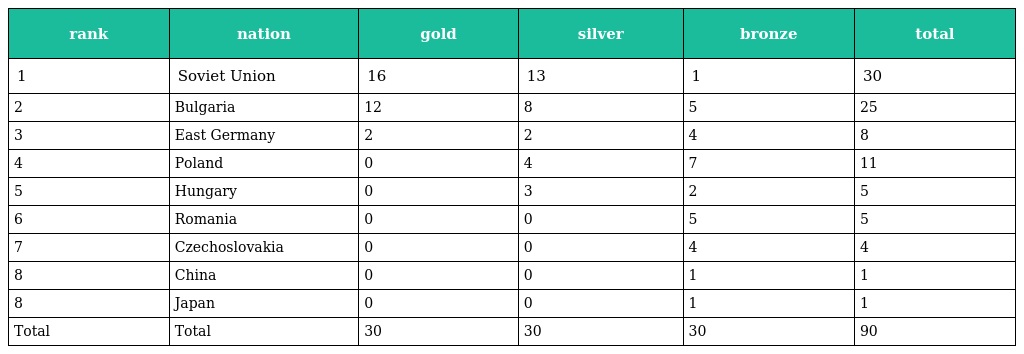
| rank | nation | gold | silver | bronze | total |
 | --- | --- | --- | --- | --- | --- |
 | 1 | Soviet Union | 16 | 13 | 1 | 30 |
 | 2 | Bulgaria | 12 | 8 | 5 | 25 |
 | 3 | East Germany | 2 | 2 | 4 | 8 |
 | 4 | Poland | 0 | 4 | 7 | 11 |
 | 5 | Hungary | 0 | 3 | 2 | 5 |
 | 6 | Romania | 0 | 0 | 5 | 5 |
 | 7 | Czechoslovakia | 0 | 0 | 4 | 4 |
 | 8 | China | 0 | 0 | 1 | 1 |
 | 8 | Japan | 0 | 0 | 1 | 1 |
 | Total | Total | 30 | 30 | 30 | 90 |